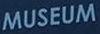
MUSEUM